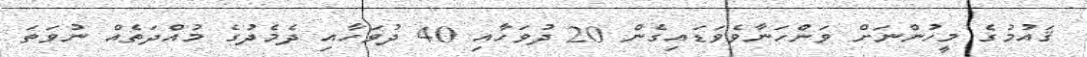
ޤައުމުގެ މީހުންނަށް ވަންހަނާވެވަޑައިގެން 20 ދުވަހާއި 40 ދުވަހާއި ދެމެދުގެ މުއްދަތެއް ނުވަތަ